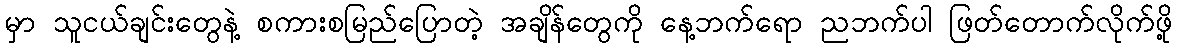
မှာ သူငယ်ချင်းတွေနဲ့ စကားစမြည်ပြောတဲ့ အချိန်တွေကို နေ့ဘက်ရော ညဘက်ပါ ဖြတ်တောက်လိုက်ဖို့